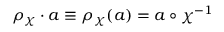
\rho _ { \chi } \cdot a \equiv \rho _ { \chi } ( a ) = a \circ \chi ^ { - 1 }